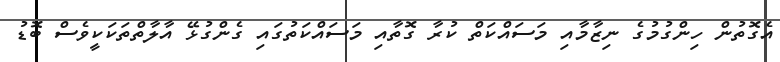
އެގޮތުން ހިންގުމުގެ ނިޒާމާއި މަސައްކަތް ކުރާ ގޮތާއި މަސައްކަތުގައި ގެންގުޅޭ އާލާތްތަކަކީވެސް ބޮޑު